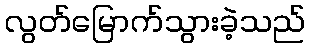
လွတ်မြောက်သွားခဲ့သည်